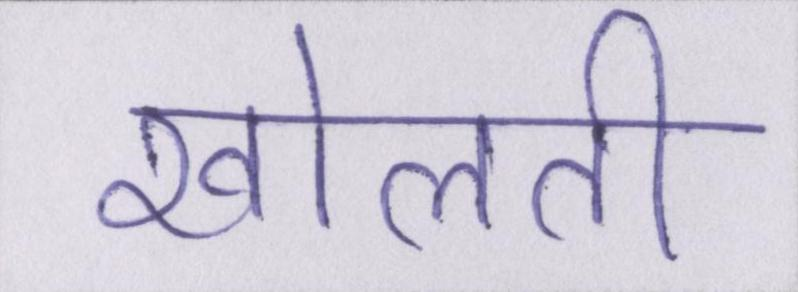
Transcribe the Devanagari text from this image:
खोलती